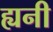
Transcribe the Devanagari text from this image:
ह्यनी